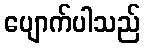
ပျောက်ပါသည်